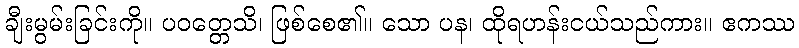
ချီးမွမ်းခြင်းကို။ ပဝတ္တေသိ၊ ဖြစ်စေ၏။ သော ပန၊ ထိုရဟန်းငယ်သည်ကား။ ဧကဿ